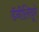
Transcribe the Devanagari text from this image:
डॅनीलिदूने